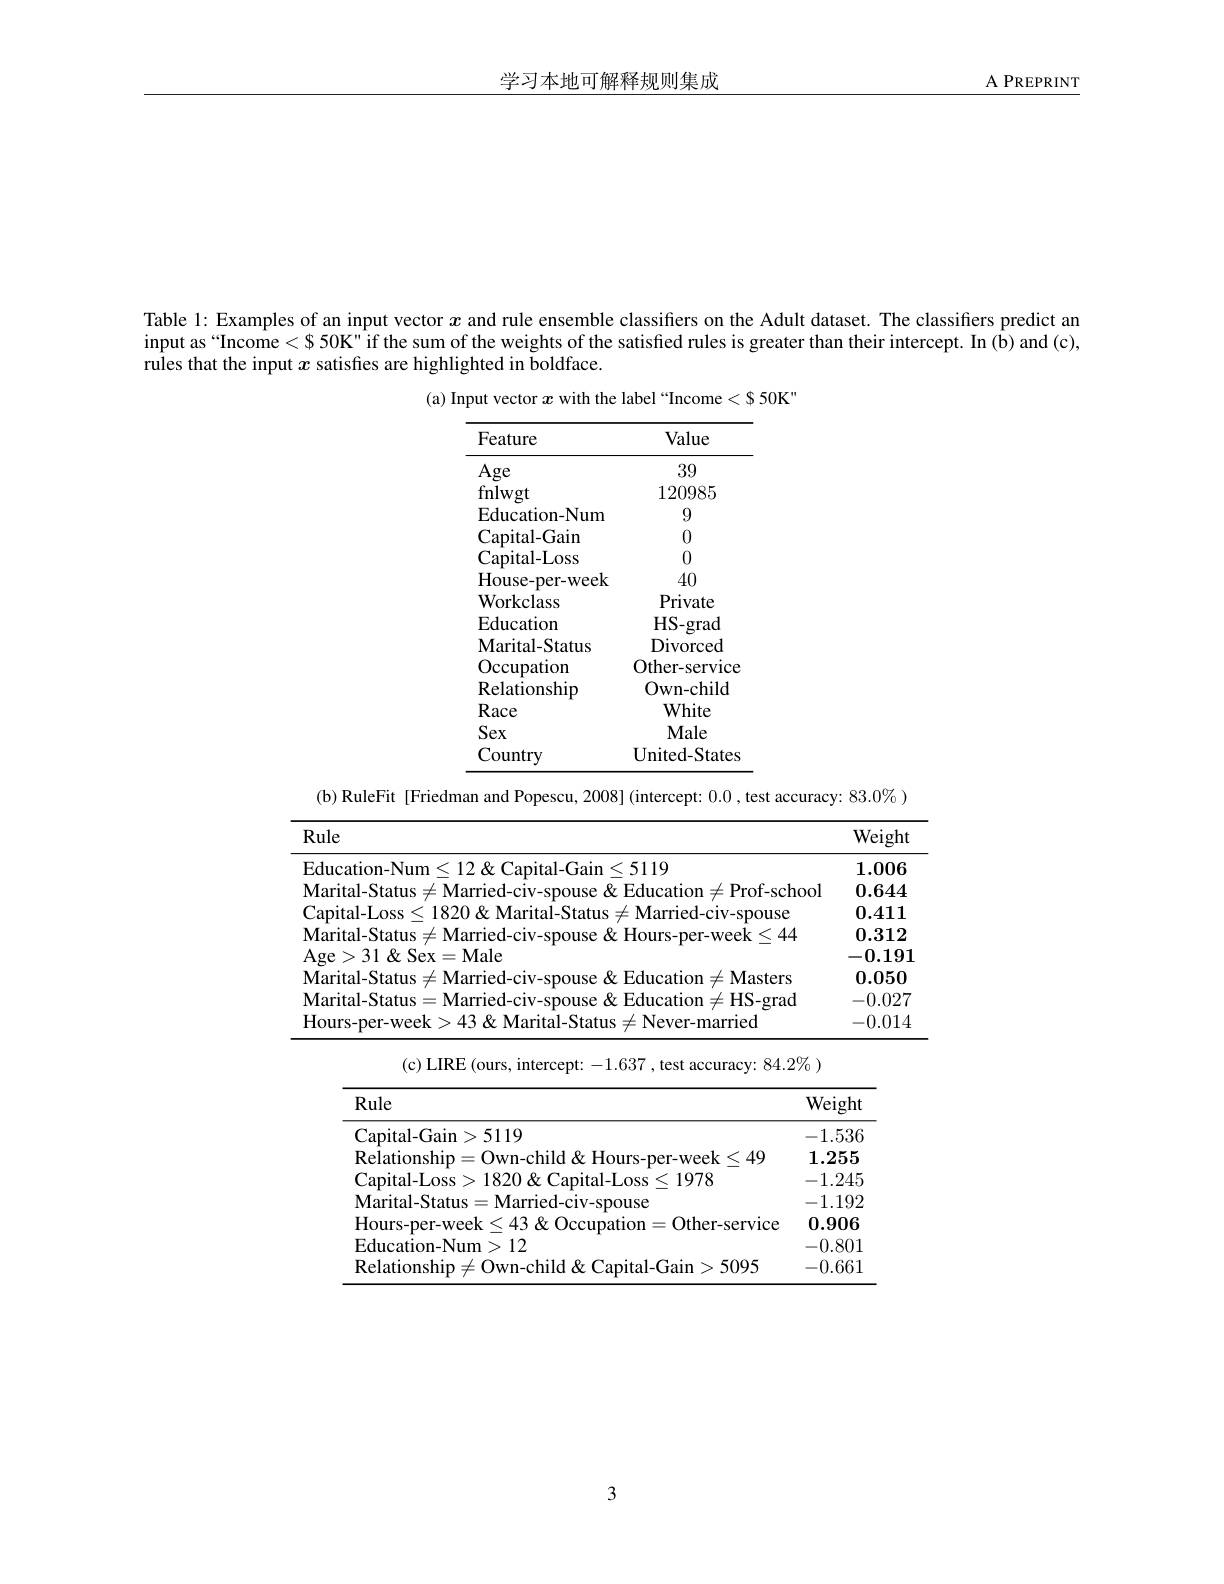
学习本地可解释规则集成

A PREPRINT

Table l: Examples of an input vector $x$ and rule ensemble classifiers on the Adult dataset. The classifiers predict an input as “Income<$ 50K" if the sum of the weights of the satisfied rules is greater than their intercept. In (b) and (c), rules that the input $x$ satisfies are highlighted in boldface.

(a) Input vector $x$ with the label“Income<$50K"
<table>
	<tbody>
		<tr>
			<th>Feature</th>
			<th>Value</th>
		</tr>
		<tr>
			<td>Age</td>
			<td>39</td>
		</tr>
		<tr>
			<td>fnlwgt</td>
			<td>120985</td>
		</tr>
		<tr>
			<td>Education-Num</td>
			<td>9</td>
		</tr>
		<tr>
			<td>Capital- Gain</td>
			<td>0</td>
		</tr>
		<tr>
			<td>Capital- Loss</td>
			<td>0</td>
		</tr>
		<tr>
			<td>${\mathrm{House-per-week}}$</td>
			<td>40</td>
		</tr>
		<tr>
			<td>Workclass</td>
			<td>Private</td>
		</tr>
		<tr>
			<td>Education</td>
			<td>HS- grad</td>
		</tr>
		<tr>
			<td>Marital- Status</td>
			<td>Divorced</td>
		</tr>
		<tr>
			<td>Occupation</td>
			<td>Other-service</td>
		</tr>
		<tr>
			<td>Relationship</td>
			<td>Own- child</td>
		</tr>
		<tr>
			<td>Race</td>
			<td>White</td>
		</tr>
		<tr>
			<td>Sex</td>
			<td>Male</td>
		</tr>
		<tr>
			<td>Country</td>
			<td>United- States</td>
		</tr>
	</tbody>
</table>

(b) RuleFit [Friedman and Popescu, 2008] (intercept: 0.0 ,test accuracy: $83.0\%$ )
<table>
	<tbody>
		<tr>
			<th>Rule</th>
			<th>Weight</th>
		</tr>
		<tr>
			<td>:5119 $\mathbf{F}_{\mathrm{duc}}$ ralr</td>
			<td>$\mathbf{1.006}$</td>
		</tr>
		<tr>
			<td>=Prof- schoo -1 Mar</td>
			<td>$\mathbf{0.644}$</td>
		</tr>
		<tr>
			<td>Marrier 111ce</td>
			<td>0.411</td>
		</tr>
		<tr>
			<td>$\zeta$</td>
			<td>$\mathbf{0.312}$</td>
		</tr>
		<tr>
			<td>Anp 、 31 8 Sex =Male</td>
			<td>-0.191</td>
		</tr>
		<tr>
			<td>Marıtal.Vtatıs Ma Holicatinn $\in\mathbf{M}_{\mathrm{asters}}$</td>
			<td>$\mathbf{0.050}$</td>
		</tr>
		<tr>
			<td>Marital- Status Mar $=HS-\sigma rac$</td>
			<td>-0.027</td>
		</tr>
		<tr>
			<td>Hours Never- marrec</td>
			<td>-0.014</td>
		</tr>
	</tbody>
</table>

(c) LIRE (ours, intercept: -1.637 , test accuracy: $84.2\%)$

<table>
	<tbody>
		<tr>
			<th>Rule</th>
			<th>Weight</th>
		</tr>
		<tr>
			<td>capital- Gain 5119</td>
			<td>-1.536</td>
		</tr>
		<tr>
			<td><49</td>
			<td>1.255</td>
		</tr>
		<tr>
			<td>$107\times$ $OSG$</td>
			<td>-1.245</td>
		</tr>
		<tr>
			<td>Marital-Statu mouse</td>
			<td>-1.192</td>
		</tr>
		<tr>
			<td>Other-service</td>
			<td>0.906</td>
		</tr>
		<tr>
			<td>$Fd$ >12 atinn</td>
			<td>-0.801</td>
		</tr>
		<tr>
			<td>Relationshin  anital- ( iair)  5005 ·hiln</td>
			<td>-0.661</td>
		</tr>
	</tbody>
</table>

3